Annual report of the Punjab Veterinary College and of the Civil Veterinary Department, Punjab - 1920-1925
Year: 1920
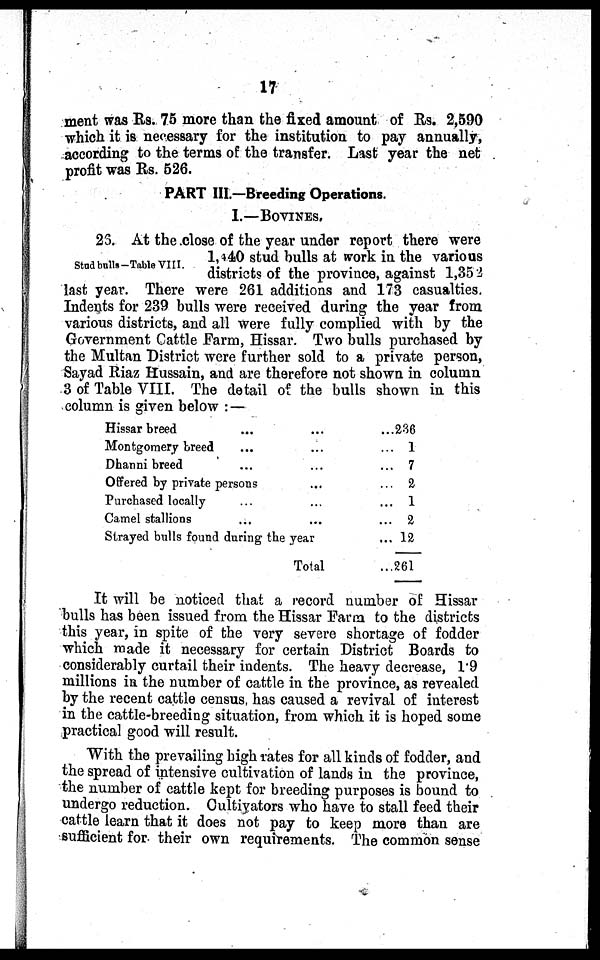
17
ment was Rs. 75 more than the fixed amount of Rs. 2,590
which it is necessary for the institution to pay annually,
according to the terms of the transfer. Last year the net
profit was Rs. 526.
PART III.—Breeding Operations.
I.—BOVINES.
Stud bulls-Table VIII.
26. At the close of the year under report there were
1,440 stud bulls at work in the various
districts of the province, against 1,352
last year. There were 261 additions and 173 casualties.
Indents for 239 bulls were received during the year from
various districts, and all were fully complied with by the
Government Cattle Farm, Hissar. Two bulls purchased by
the Multan District were further sold to a private person,
Sayad Riaz Hussain, and are therefore not shown in column
3 of Table VIII. The detail of the bulls shown in this
column is given below:—
Hissar
breed...
Montgomery breed...
Dhanni
breed...
Offered by private persons...
Purchased
locally...
Camel stallions...
Strayed bulls found during the year ...
Total ...
236
1
7
2
1
2
12
261
It will be noticed that a record number of Hissar
bulls has been issued from the Hissar Farm to the districts
this year, in spite of the very severe shortage of fodder
which made it necessary for certain District Boards to
considerably curtail their indents. The heavy decrease, 1.9
millions in the number of cattle in the province, as revealed
by the recent cattle census has caused a revival of interest
in the cattle-breeding situation, from which it is hoped some
practical good will result.
With the prevailing high rates for all kinds of fodder, and
the spread of intensive cultivation of lands in the province,
the number of cattle kept for breeding purposes is bound to
undergo reduction. Cultivators who have to stall feed their
cattle learn that it does not pay to keep more than are
sufficient for their own requirements. The common sense